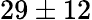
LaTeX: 29\pm 12